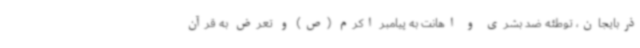
ذربایجان، توطئه ضد بشری و اهانت به پیامبر اکرم (ص) و تعرض به قرآن